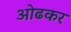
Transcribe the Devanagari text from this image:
ओढकर